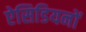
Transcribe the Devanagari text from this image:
ऐसिडियनों